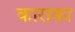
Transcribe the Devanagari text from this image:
काराका